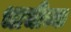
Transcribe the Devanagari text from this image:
भाचीच्या